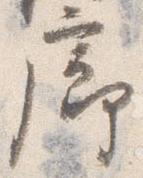
廊